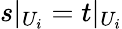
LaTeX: s|_{U_{i}}=t|_{U_{i}}